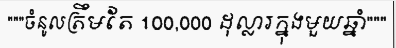
"""ចំនូលត្រឹមតែ 100,000 ដុល្លារក្នុងមួយឆ្នាំ"""